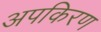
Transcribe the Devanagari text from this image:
अपकिरण